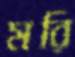
মরি